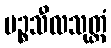
ပဉ္စသီလသုတ္တံ